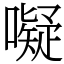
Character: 㘈